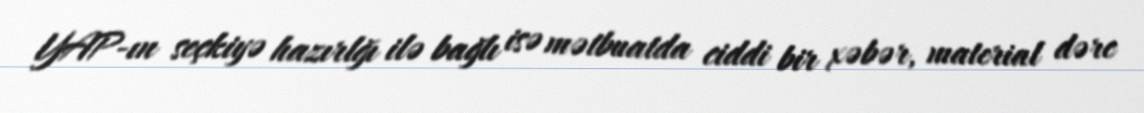
YAP-ın seçkiyə hazırlğı ilə bağlı isə mətbuatda ciddi bir xəbər, material dərc